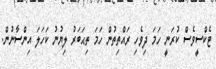
ޓެކްސީވެސް ކުރަނީ ހަމަ ދިވެހި ރައްތިތުން ހަމަ ތިޙަބަރު ލިޔުނު ކަހަލަ އިންސާނުން.